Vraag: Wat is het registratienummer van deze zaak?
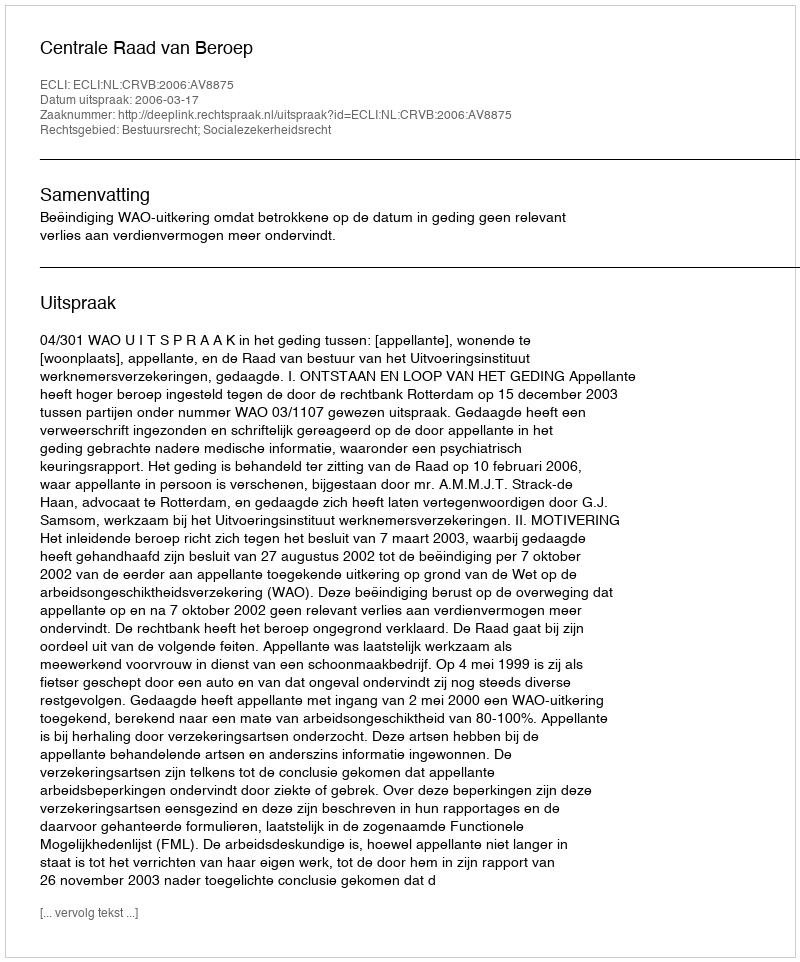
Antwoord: http://deeplink.rechtspraak.nl/uitspraak?id=ECLI:NL:CRVB:2006:AV8875